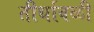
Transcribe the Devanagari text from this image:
तीर्थावळी